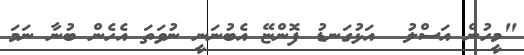
"މީހުން އަސްލު  އަޅުގަނޑު ފޮންޏޭ އެބުނަނީ ނުވަތަ އެހެން ބުނާ ނަމަ